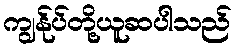
ကျွန်ုပ်တို့ယူဆပါသည်